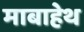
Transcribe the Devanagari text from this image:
माबाहेथ